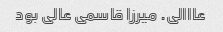
عااالی. میرزا قاسمی عالی بود